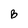
Character: B